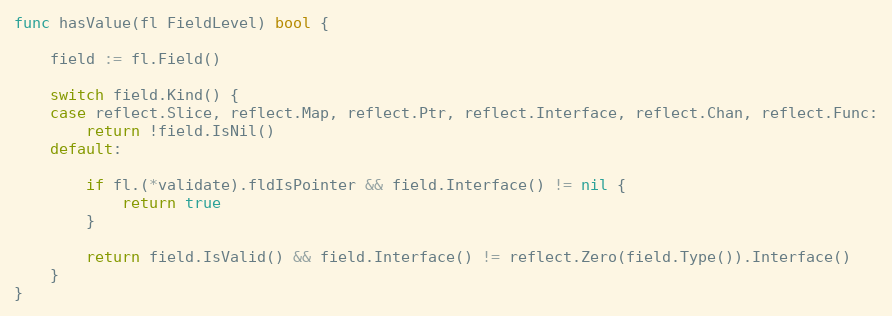
Language: Go
func hasValue(fl FieldLevel) bool {

	field := fl.Field()

	switch field.Kind() {
	case reflect.Slice, reflect.Map, reflect.Ptr, reflect.Interface, reflect.Chan, reflect.Func:
		return !field.IsNil()
	default:

		if fl.(*validate).fldIsPointer && field.Interface() != nil {
			return true
		}

		return field.IsValid() && field.Interface() != reflect.Zero(field.Type()).Interface()
	}
}